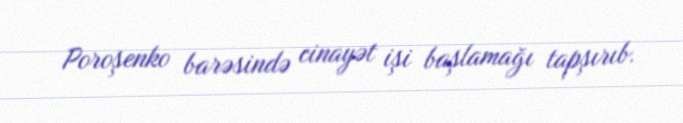
Poroşenko barəsində cinayət işi başlamağı tapşırıb.